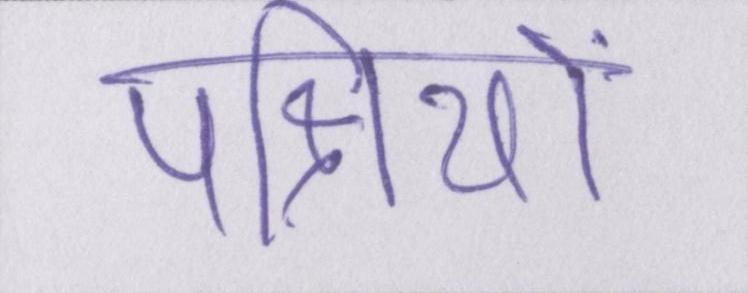
पक्षियों